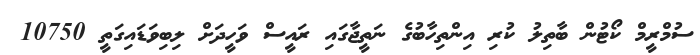
ސުމްރީމް ކޯޓުން ބާތިލު ކުރި އިންތިހާބުގެ ނަތީޖާގައި ރައީސް ވަހީދަށް ލިބިވަޑައިގަތީ 10750